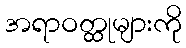
အရာဝတ္ထုများကို